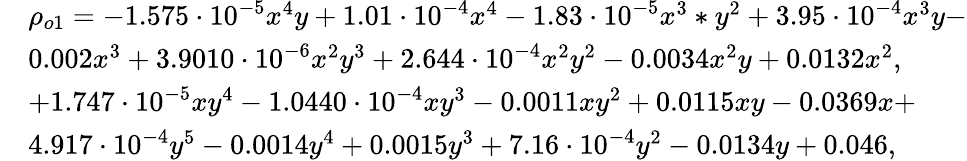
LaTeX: \begin{array}{rl}&{\rho_{o1}=-1.575\cdot 10^{-5}x^{4}y+1.01\cdot 10^{-4}x^{4}-1.83\cdot 10^{-5}x^{3}*y^{2}+3.95\cdot 10^{-4}x^{3}y-}\\ &{0.002x^{3}+3.9010\cdot 10^{-6}x^{2}y^{3}+2.644\cdot 10^{-4}x^{2}y^{2}-0.0034x^{2}y+0.0132x^{2},}\\ &{+1.747\cdot 10^{-5}xy^{4}-1.0440\cdot 10^{-4}xy^{3}-0.0011xy^{2}+0.0115xy-0.0369x+}\\ &{4.917\cdot 10^{-4}y^{5}-0.0014y^{4}+0.0015y^{3}+7.16\cdot 10^{-4}y^{2}-0.0134y+0.046,}\end{array}